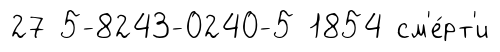
27 5-8243-0240-5 1854 см'е́рт'и